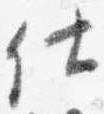
仕